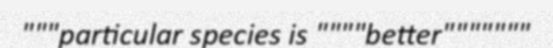
"""particular species is """"better"""""""